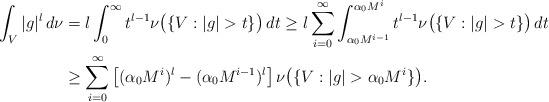
LaTeX: \begin{align*}\int_{V}|g|^l \, d\nu&=l \int_0^\infty t^{l-1} \nu\big(\{V: |g| >t\}\big)\, dt\geq l \sum_{i=0}^\infty\int_{\alpha_0 M^{i-1}}^{\alpha_0 M^i} t^{l-1} \nu\big(\{V: |g|>t\}\big)\, dt\\&\geq \sum_{i=0}^\infty \big[(\alpha_0 M^i)^l - (\alpha_0 M^{i-1})^l\big]\, \nu\big(\{ V: |g|> \alpha_0 M^i\} \big).\end{align*}